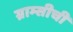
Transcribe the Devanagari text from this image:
ग्राम्सीची